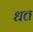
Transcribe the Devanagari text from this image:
धत्त